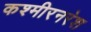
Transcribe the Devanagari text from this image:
कश्मीरनरेश